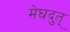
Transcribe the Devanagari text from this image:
मेघदुत्